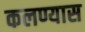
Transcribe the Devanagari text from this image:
कलण्यास